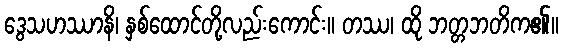
ဒွေသဟဿာနိ၊ နှစ်ထောင်တို့လည်းကောင်း။ တဿ၊ ထို ဘတ္တဘတိက၏။